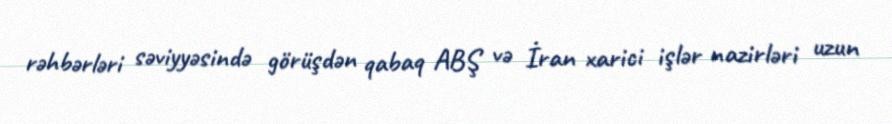
rəhbərləri səviyyəsində görüşdən qabaq ABŞ və İran xarici işlər nazirləri uzun